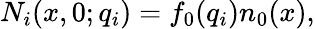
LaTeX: N_{i}(x,0;q_{i})=f_{0}(q_{i})n_{0}(x),